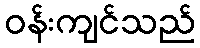
ဝန်းကျင်သည်